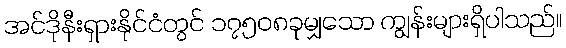
အင်ဒိုနီးရှားနိုင်ငံတွင် ၁၇၅၀၈ခုမျှသော ကျွန်းများရှိပါသည်။